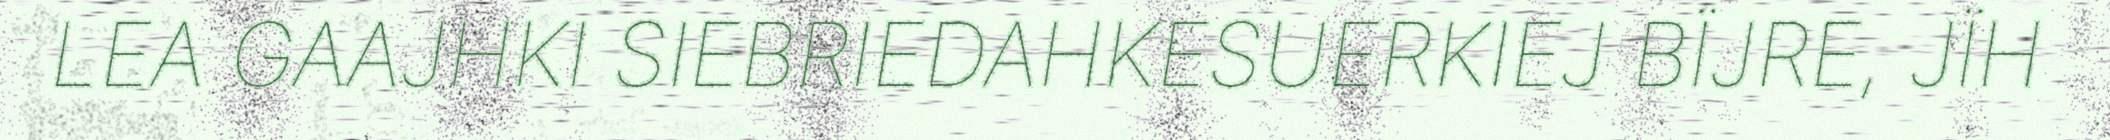
LEA GAAJHKI SIEBRIEDAHKESUERKIEJ BÏJRE, JÏH